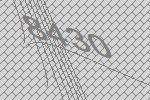
8430